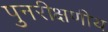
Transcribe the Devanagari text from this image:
पुनरीक्षणीय